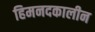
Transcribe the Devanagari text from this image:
हिमनदकालीन